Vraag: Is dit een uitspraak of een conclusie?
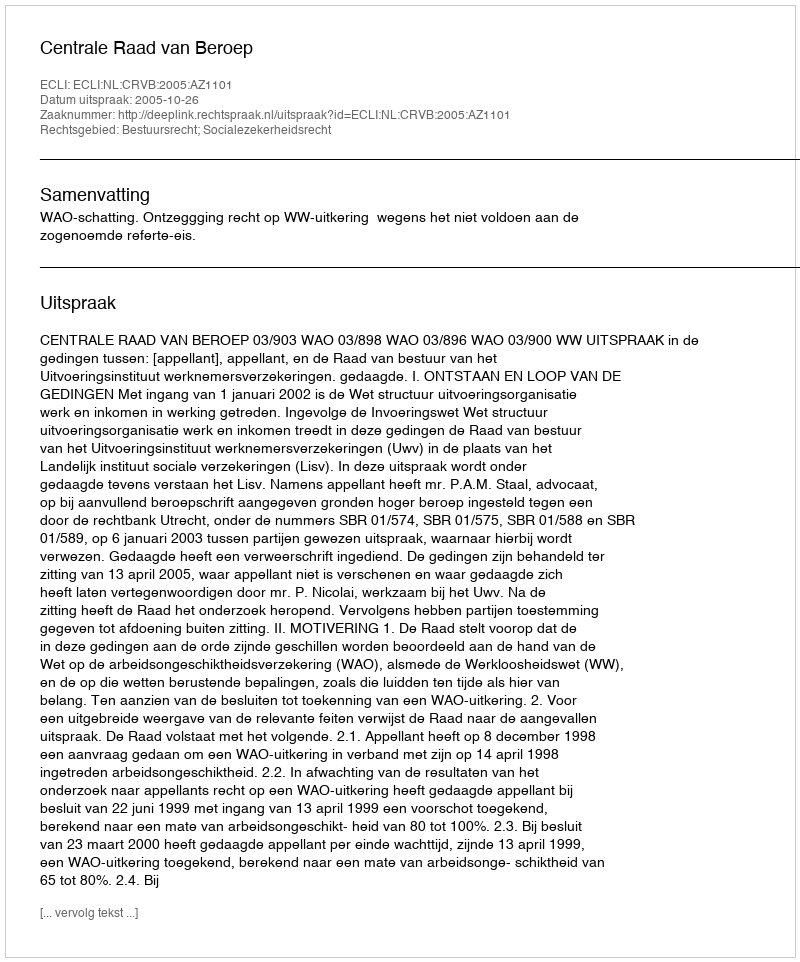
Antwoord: Uitspraak